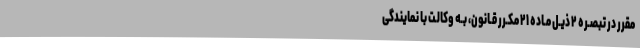
مقرر در تبصـره ٢ ذیـل مـاده ۲۱ مکـرر قـانون، بـه وکالـت با نمایندگی